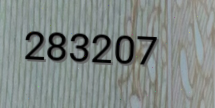
283207